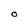
Character: O